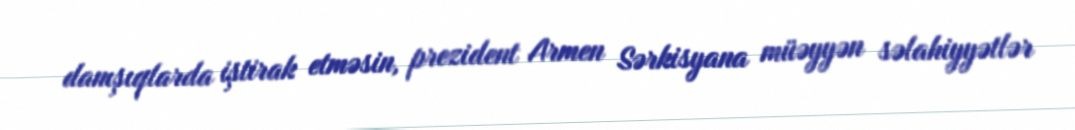
danışıqlarda iştirak etməsin, prezident Armen Sərkisyana müəyyən səlahiyyətlər